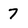
Character: 7